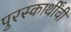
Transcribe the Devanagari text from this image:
पुरस्कार्थींची